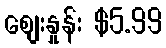
စျေးနှုန်း $5.99